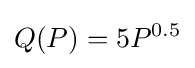
Q(P)=5P^{0.5}